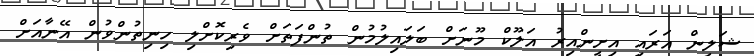
ޝަލީން އަރައި އިށީންއިރު އަލޫކް މޫނަށް ބަލައިލުމުން ތުންފަތަށް ވެރިކޮށްލި ހިނިތުންވުން އޭނާއަށް